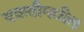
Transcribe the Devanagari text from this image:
चकतीमधील